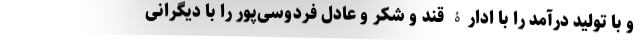
و با تولید درآمد را با ادارۀ قند و شکر و عادل فردوسی‌پور را با دیگرانی